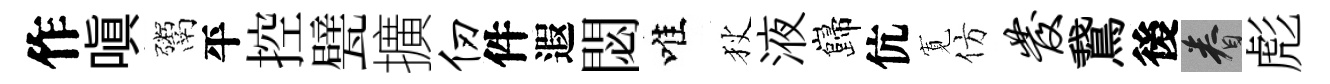
作嗔鬻平控甓擴仞件遐閟唯狄液巋伉𡩖仿发鵞後眷彪